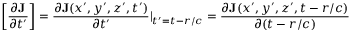
\left[ \frac { \partial \mathbf { J } } { \partial t ^ { \prime } } \right] = \frac { \partial \mathbf { J } ( x ^ { \prime } , y ^ { \prime } , z ^ { \prime } , t ^ { \prime } ) } { \partial t ^ { \prime } } | _ { t ^ { \prime } = t - r / c } = \frac { \partial \mathbf { J } ( x ^ { \prime } , y ^ { \prime } , z ^ { \prime } , t - r / c ) } { \partial ( t - r / c ) }